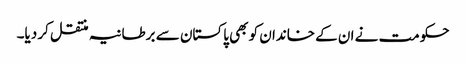
حکومت نے ان کے خاندان کو بھی پاکستان سے برطانیہ منتقل کر دیا۔